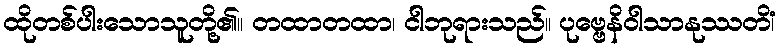
ထိုတစ်ပါးသောသူတို့၏။ တထာတထာ၊ ငါဘုရားသည်။ ပုဗ္ဗေနိဝါသာနုဿတိံ၊